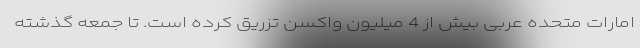
امارات متحده عربی بیش از 4 میلیون واکسن تزریق کرده است. تا جمعه گذشته